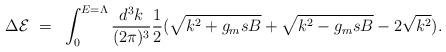
LaTeX: \begin{align*}\Delta {\cal E} ~=~ \int^{E=\Lambda}_0{d^3k\over (2\pi)^3} {1\over 2} (\sqrt {k^2 + g_m s B} + \sqrt{k^2 -g_msB} - 2 \sqrt {k^2}).\end{align*}